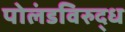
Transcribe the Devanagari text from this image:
पोलंडविरुद्ध